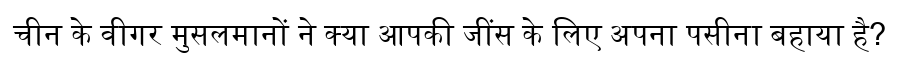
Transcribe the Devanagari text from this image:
चीन के वीगर मुसलमानों ने क्या आपकी जींस के लिए अपना पसीना बहाया है?